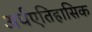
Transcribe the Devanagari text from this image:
अर्धएतिहासिक